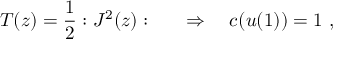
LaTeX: T ( z ) = { \frac { 1 } { 2 } } : J ^ { 2 } ( z ) : \qquad \Rightarrow \quad c ( u ( 1 ) ) = 1 \ ,